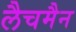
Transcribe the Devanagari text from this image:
लैचमैन